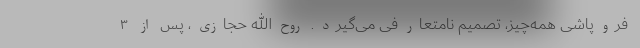
فروپاشی همه‌چیز، تصمیم نامتعارفی می‌گیرد. روح‌الله حجازی، پس از ۳